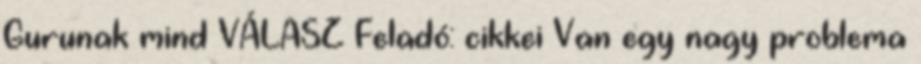
Gurunak mind VÁLASZ Feladó: cikkei Van egy nagy problema